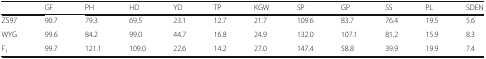
|  | GF | PH | HD | YD | TP | KGW | SP | GP | SS | PL | SDEN |
 | --- | --- | --- | --- | --- | --- | --- | --- | --- | --- | --- | --- |
 | ZS97 | 90.7 | 79.3 | 69.5 | 23.1 | 12.7 | 21.7 | 109.6 | 83.7 | 76.4 | 19.5 | 5.6 |
 | WYG | 99.6 | 84.2 | 99.0 | 44.7 | 16.8 | 24.9 | 132.0 | 107.1 | 81.2 | 15.9 | 8.3 |
 | F1 | 99.7 | 121.1 | 109.0 | 22.6 | 14.2 | 27.0 | 147.4 | 58.8 | 39.9 | 19.9 | 7.4 |